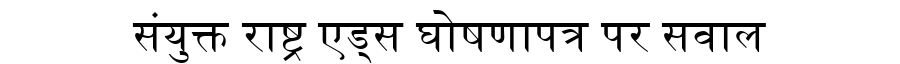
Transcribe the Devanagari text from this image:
संयुक्त राष्ट्र एड्स घोषणापत्र पर सवाल